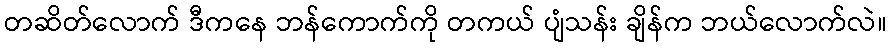
တဆိတ်လောက် ဒီကနေ ဘန်ကောက်ကို တကယ် ပျံသန်း ချိန်က ဘယ်လောက်လဲ။